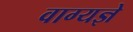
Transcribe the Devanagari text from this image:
वाग्यज्ञे